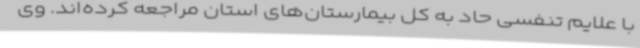
با علایم تنفسی حاد به کل بیمارستان‌های استان مراجعه کرده‌اند. وی